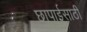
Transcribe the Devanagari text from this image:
छापाईसाठी